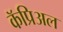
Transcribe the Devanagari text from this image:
कॅप्रिअल